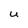
Character: U